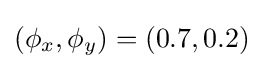
(\phi _{x},\phi _{y})=(0.7,0.2)